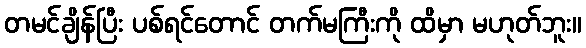
တမင်ချိန်ပြီး ပစ်ရင်တောင် တက်မကြီးကို ထိမှာ မဟုတ်ဘူး။